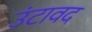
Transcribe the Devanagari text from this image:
उंटावद